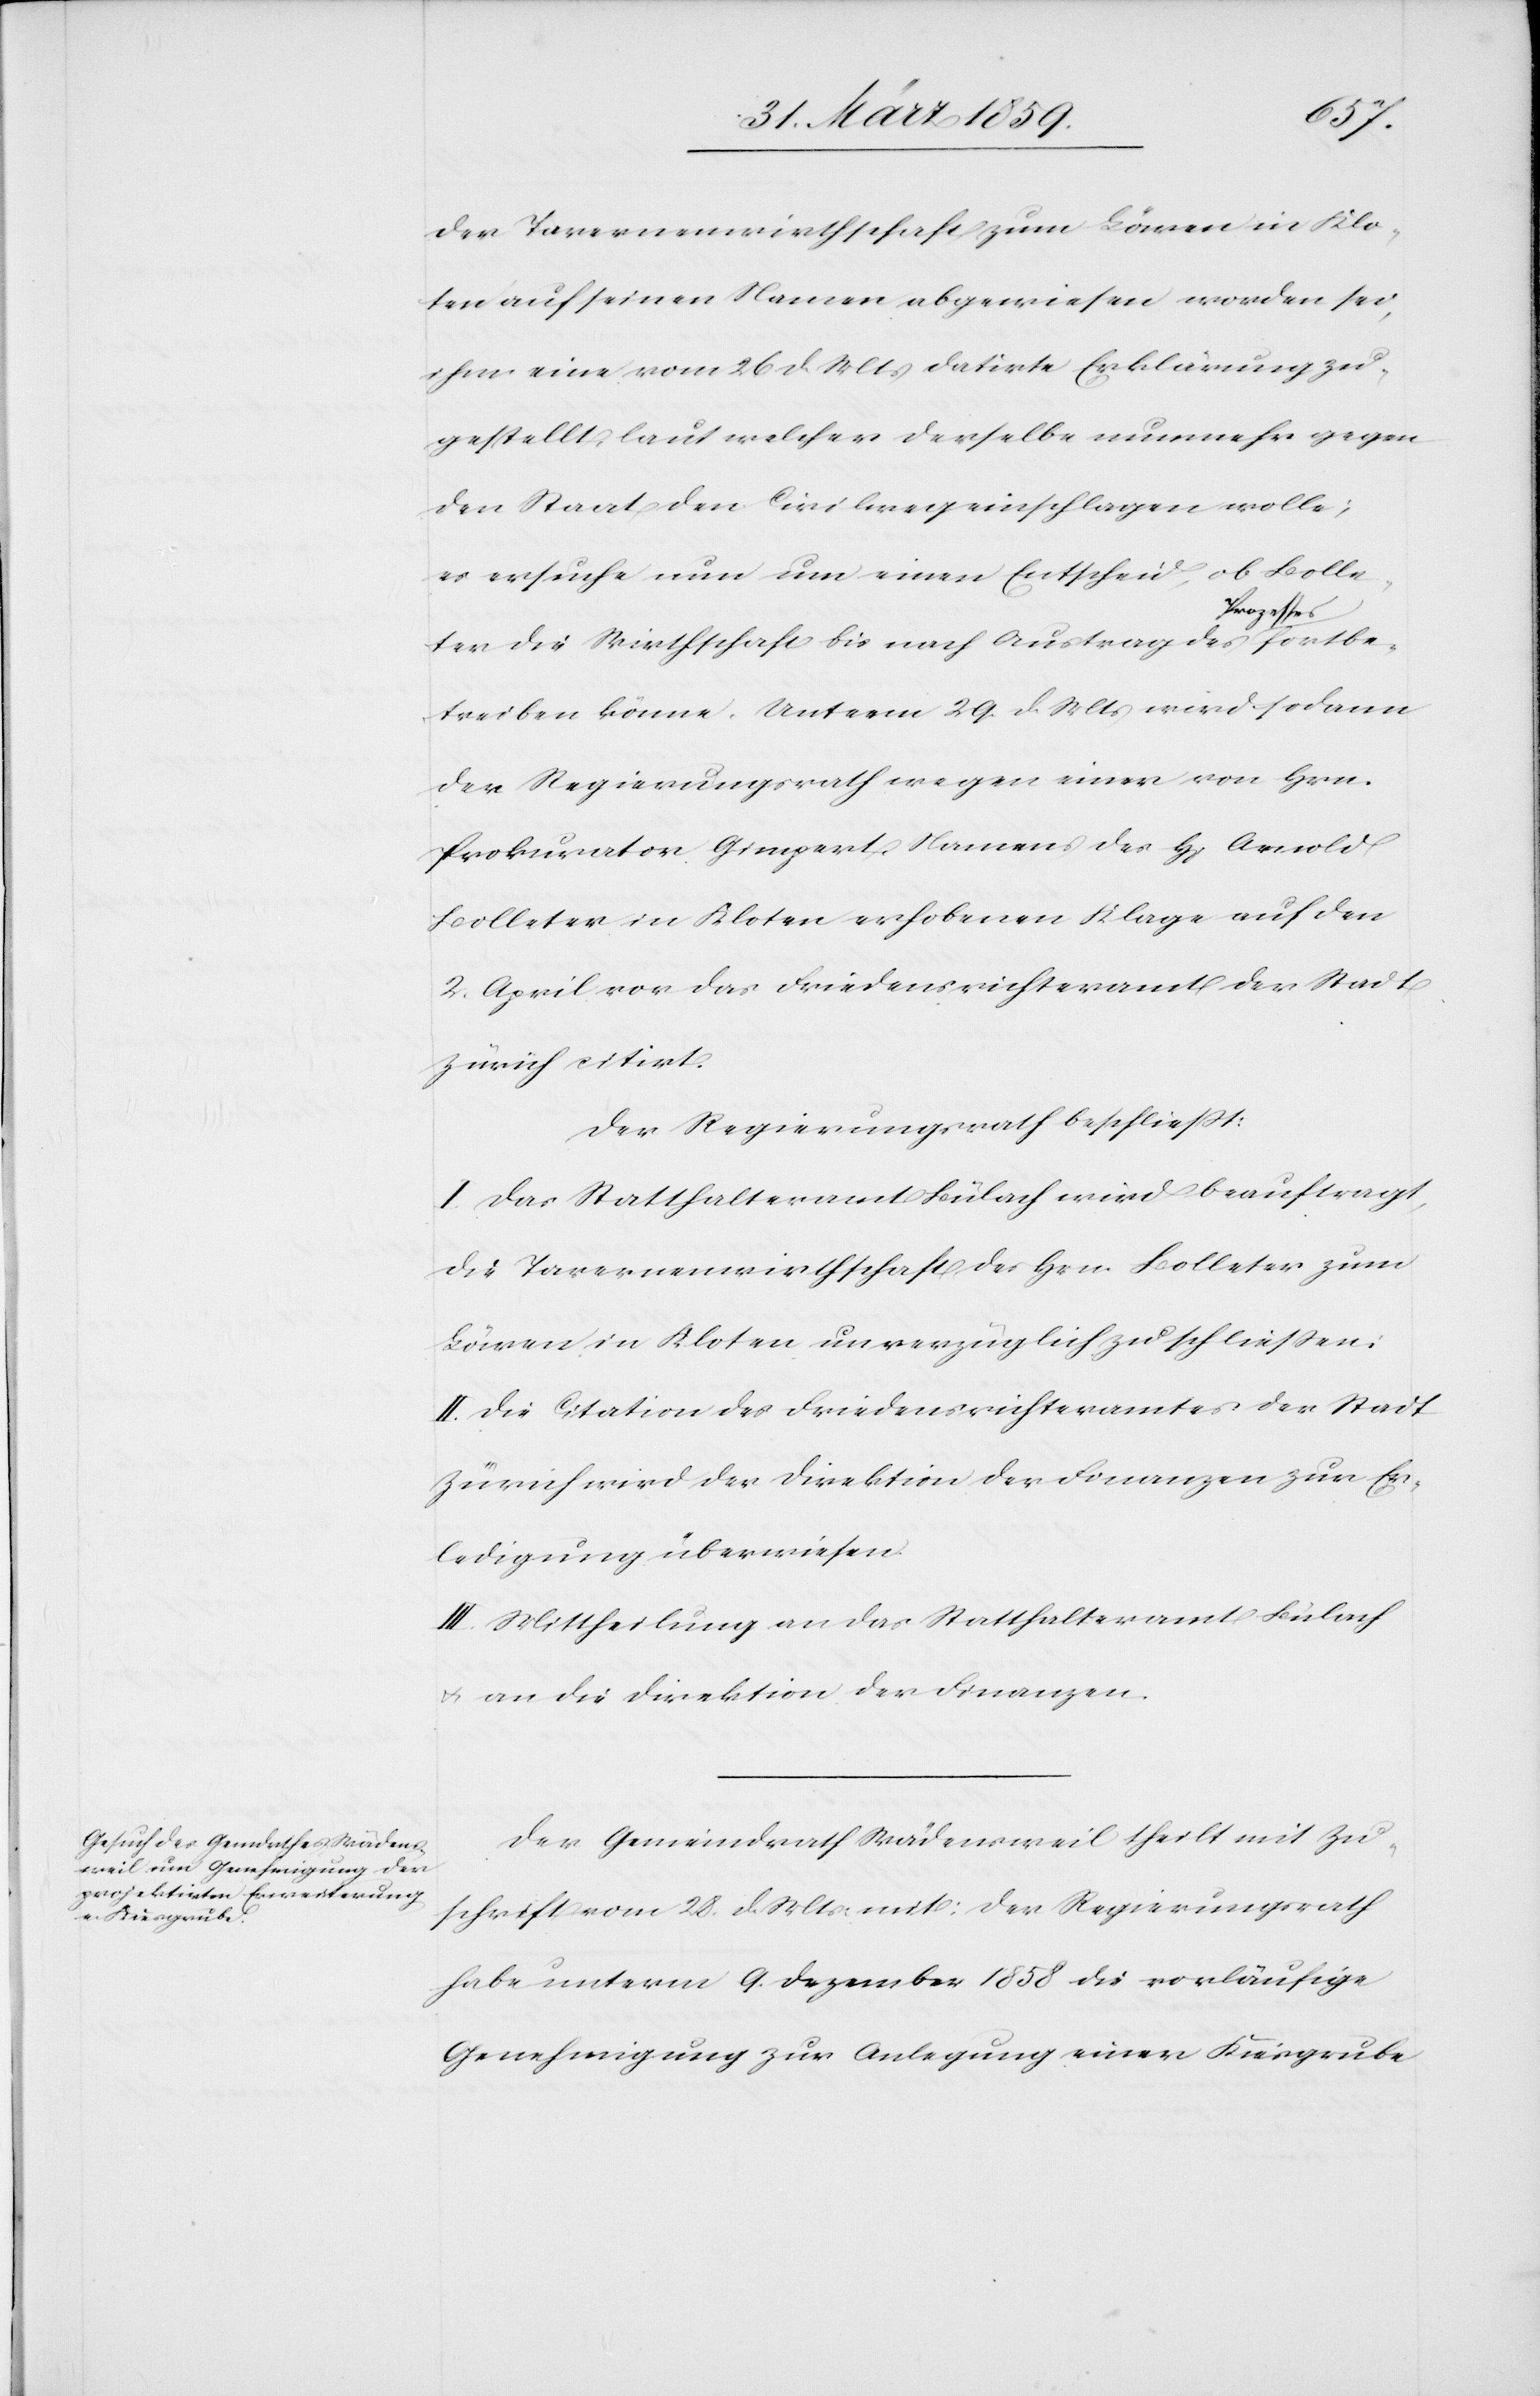
fortbe¬
der Tavernenwirthschaft zum Löwen in Klo¬
ten auf seinen Namen abgewiesen worden sei,
ihm eine vom 26 d. Mts datirte Erklärung zu¬
gestellt, laut welcher derselbe nunmehr gegen
den Staat den Civilweg einschlagen wolle;
es ersuche nun um einen Entscheid, ob Bolle¬
ter die Wirhtschaft bis nach Austrag des Proze¬
treiben könne. Unterm 29. d. Mts wird sodann
der Regierungsrath wegen einer von Hrn.
Prokurator Gimpert, Namens des H[errn] Arnold
Bolleter in Kloten erhobenen Klage auf den
2. April vor das Friedensrichteramt der Stadt
Zürich citirt.
Der Regierungsrath beschließt:
I. Das Statthalteramt Bülach wird beauftragt,
die Tavernenwirthschaft des Hrn. Bolleter zum
Löwen in Kloten unverzüglich zu schließen.
II. Die Citation des Friedensrichteramtes der Stadt
Zürich wird der Direktion der Finanzen zur Er¬
ledigung überwiesen.
III. Mittheilung an das Statthalteramt Bülach
u. an die Direktion der Finanzen.
Der Gemeindrath Wädensweil theil mit Zu¬
schrift vom 28. d. Mts mit: der Regierungsrath
habe unterm 9. Dezember 1858 die vorläufige
Genehmigung zur Anlegung einer Kiesgrube